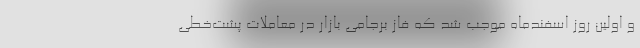
و اولین روز اسفندماه موجب شد که فاز برجامی بازار در معاملات پشت‌خطی